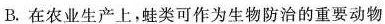
B. 在农业生产上，蛙类可作为生物防治的重要动物